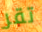
تقر